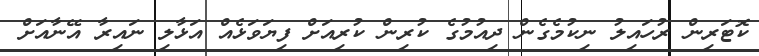
ކޮޓަރިން ރުހައިލު ނިކުމެގެން ދިއުމުގެ ކުރިން ކުރިއަށް ފިޔަވަޅެއް އަޅާލި ނައިރާ އޭނާއަށް